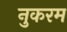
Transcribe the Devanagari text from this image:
नुकरम